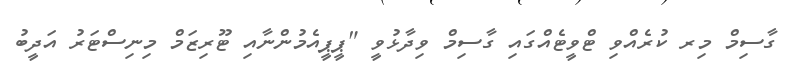
ގާސިމް މިރ ކުރެއްވި ޓްވީޓެއްގައި ގާސިމް ވިދާޅުވީ "ޕީޕީއެމުންނާއި ޓޫރިޒަމް މިނިސްޓަރު އަދީބު